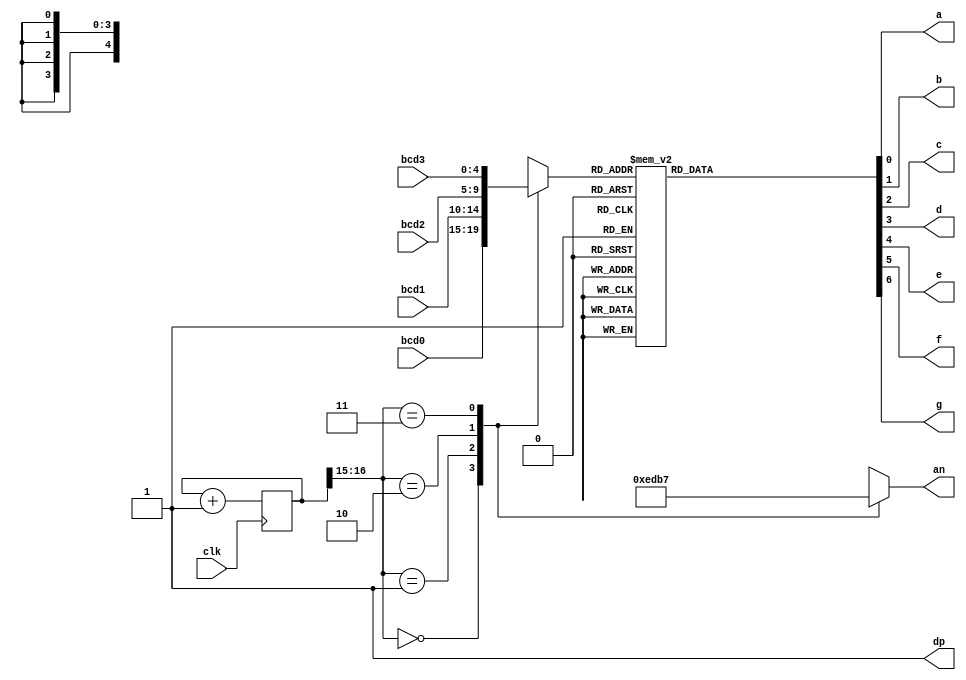
module seven_seg_display( input clk,
 input [4:0] bcd0, bcd1, bcd2, bcd3,  //the 4 inputs for each display
 output a, b, c, d, e, f, g, dp, //segments 
 output [3:0] an   // the 4 bit enable signal
 );
 
 
localparam N = 17; //18 but changed to test simulation 
 
reg [N-1:0]count; //the 18 bit counter which allows us to multiplex at 1000Hz
reg [4:0]sseg; //the register to hold the data to output
reg [3:0]an_temp; //register for the 4 bit enable
reg [7:1] sseg_temp; // 7 bit register to hold the binary value of each input given


initial 
begin 
count <= 0; 
end 

 
always @ (posedge clk)
begin
   count <= count + 1;
end
 
 
always @ (*)
 begin
  case(count[N-1:N-2]) //using only the 2 MSB's of the counter 
    
   2'b00 :  //When the 2 MSB's are 00 enable the fourth display
    begin
     sseg = bcd0;
     an_temp = 4'b1110;
    end
    
   2'b01:  //When the 2 MSB's are 01 enable the third display
    begin
     sseg = bcd1;
     an_temp = 4'b1101;
    end
   2'b10:  //When the 2 MSB's are 10 enable the second display
    begin
     sseg = bcd2;
     an_temp = 4'b1011;
    end
     
   2'b11:  //When the 2 MSB's are 11 enable the first display
    begin
     sseg = bcd3;
     an_temp = 4'b0111;
    end
  endcase
 end
 
assign an = an_temp;
 
 
always @ (*)
 begin
  case(sseg)
   5'd0 : sseg_temp = 7'b1000000; //to display 0
   5'd1 : sseg_temp = 7'b1111001; //to display 1
   5'd2 : sseg_temp = 7'b0100100; //to display 2
   5'd3 : sseg_temp = 7'b0110000; //to display 3
   5'd4 : sseg_temp = 7'b0011001; //to display 4
   5'd5 : sseg_temp = 7'b0010010; //to display 5
   5'd6 : sseg_temp = 7'b0000010; //to display 6
   5'd7 : sseg_temp = 7'b1111000; //to display 7
   5'd8 : sseg_temp = 7'b0000000; //to display 8
   5'd9 : sseg_temp = 7'b0010000; //to display 9
   5'h0A : sseg_temp = 7'b0001000; //to display A
   5'h0B : sseg_temp = 7'b0000011; //to display b
   5'h0C : sseg_temp = 7'b1000110; //to display C
   5'h0D : sseg_temp = 7'b0100001; //to display d
   5'h0E : sseg_temp = 7'b0000110; //to display E
   5'h0F : sseg_temp = 7'b0001110; //to display F
   5'h1F : sseg_temp = 7'b1111111; //none
   default : sseg_temp = 7'b1111111; //none
  endcase
 end
 
assign {g, f, e, d, c, b, a} = sseg_temp; //concatenate the outputs to the register
assign dp = 1'b1; //turn off decimal point 
 
 
endmodule